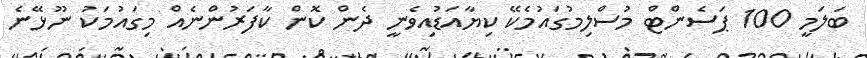
ބަލަމީ 100 ޕަސެންޓް މުސްލިމުގައުމެކޭ ކިޔާއަޑުއިވެނީ ދެން ކޮން ކާފަރުންނެއް މިގައުމަކު ނޫޅޭނެ